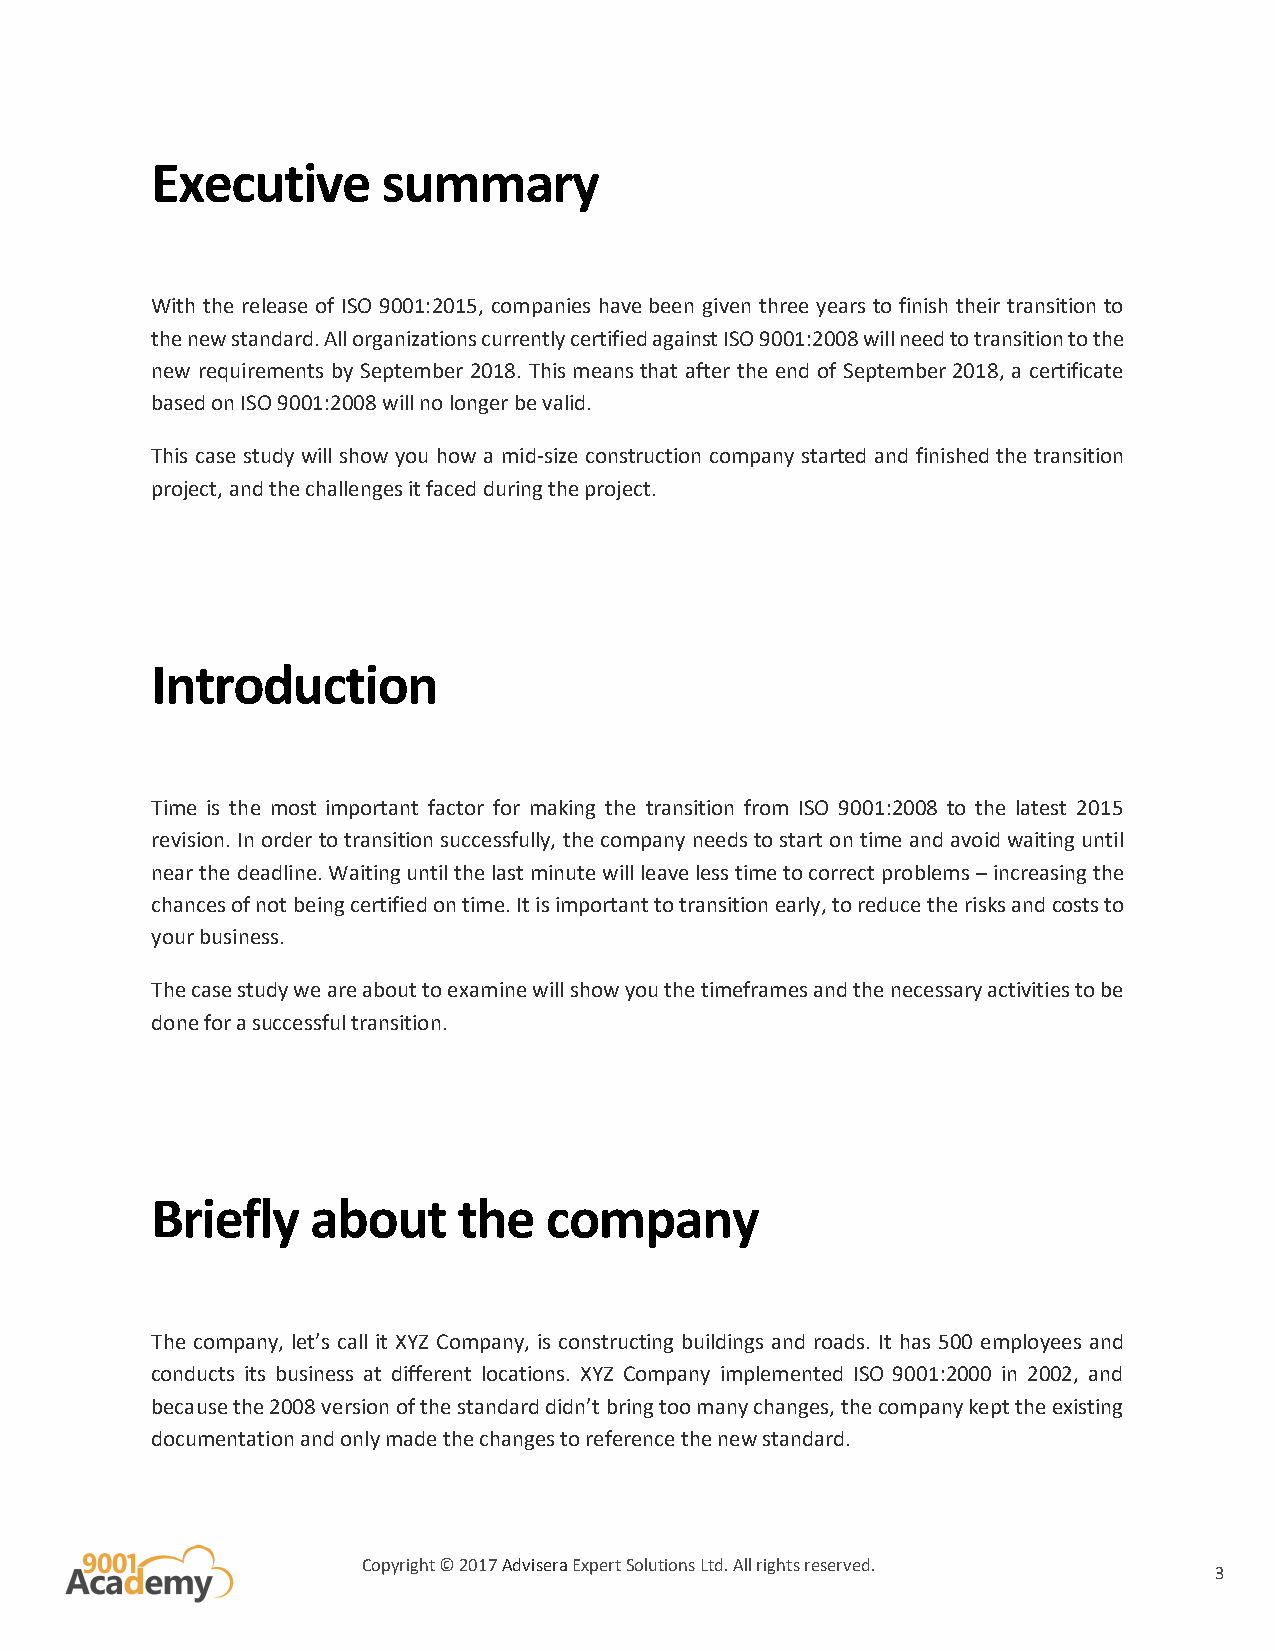
Executive      summary
 With the release of ISO 9001:2015, companies have been given three years to finish their transition to
 the new standard. All organizations currently certified against ISO 9001:2008 will need to transition to the
 new requirements by September 2018. This means that after the end of September 2018, a certificate
 based on ISO 9001:2008 will no longer be valid.
 This case study will show you how a mid-size construction company started and finished the transition
 project, and the challenges it faced during the project.
 Introduction
 Time is the most important factor for making the transition from ISO 9001:2008 to the latest 2015
 revision. In order to transition successfully, the company needs to start on time and avoid waiting until
 near the deadline. Waiting until the last minute will leave less time to correct problems – increasing the
 chances of not being certified on time. It is important to transition early, to reduce the risks and costs to
 your business.
 The case study we are about to examine will show you the timeframes and the necessary activities to be
 done for a successful transition.
 Briefly    about    the   company
 The company, let’s call it XYZ Company, is constructing buildings and roads. It has 500 employees and
 conducts its business at different locations. XYZ Company implemented ISO 9001:2000 in 2002, and
 because the 2008 version of the standard didn’t bring too many changes, the company kept the existing
 documentation and only made the changes to reference the new standard.
 Copyright © 2017 Advisera Expert Solutions Ltd. All rights reserved.
 3